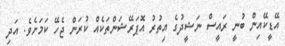
އޭޑީކޭއިން ބުނީ ރައީސް ނަޝީދުގެ އިތުރު އޮޕަރޭޝަންތަކެއް ކުރަން ޖެހޭ ކަމަށެވެ. އަދި